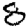
Digit: 8